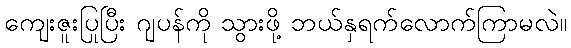
ကျေးဇူးပြုပြီး ဂျပန်ကို သွားဖို့ ဘယ်နှရက်လောက်ကြာမလဲ။